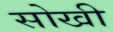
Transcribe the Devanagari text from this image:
सोखी